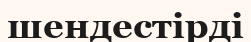
шендестірді